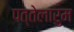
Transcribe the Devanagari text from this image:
पत्तेलारुम